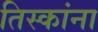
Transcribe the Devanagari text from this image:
तिस्कांना